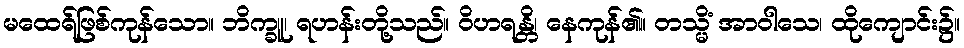
မထေရ်ဖြစ်ကုန်သော။ ဘိက္ခူ၊ ရဟန်းတို့သည်။ ဝိဟရန္တိ၊ နေကုန်၏။ တသ္မိံ အာဝါသေ၊ ထိုကျောင်း၌။